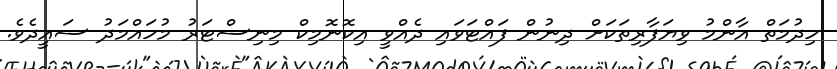
ހިދުމަތް އާންމު ވިޔަފާރިތަކަށް ދިނުން ފައްޓަވައި ދެއްވީ އިކޮނޮމިކް މިނިސްޓަރު މުހައްމަދު ސައީދެވެ.